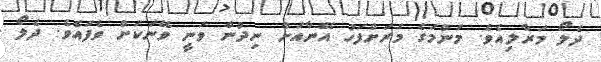
ދެލޯ މަރާލިއެވެ. މަންމަގެ މަރަށްފަހު އޭނާއަށް ނިދުން ވަނީ ވޭނަކަށް ވެފައެވެ. ދެލޯ